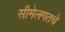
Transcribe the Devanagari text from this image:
सीमेलगतचे